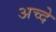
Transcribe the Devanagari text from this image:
अच्दे